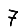
Digit: 7